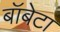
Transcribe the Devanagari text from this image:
बॉबेटा